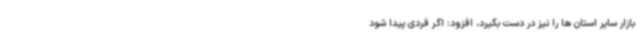
بازار سایر استان ها را نیز در دست بگیرد، افزود: اگر فردی پیدا شود